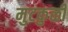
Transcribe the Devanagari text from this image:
मुटकुळी